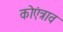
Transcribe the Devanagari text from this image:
कोएंत्राव